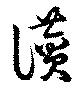
讃